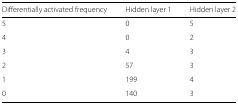
<table><thead><tr><td><b>Differentially activated frequency</b></td><td><b>Hidden layer 1</b></td><td><b>Hidden layer 2</b></td></tr></thead><tbody><tr><td>5</td><td>0</td><td>5</td></tr><tr><td>4</td><td>0</td><td>2</td></tr><tr><td>3</td><td>4</td><td>3</td></tr><tr><td>2</td><td>57</td><td>3</td></tr><tr><td>1</td><td>199</td><td>4</td></tr><tr><td>0</td><td>140</td><td>3</td></tr></tbody></table>